Report of an investigation into the causes of the diseases known in Assam as Kála-Azár and Beri-Beri
Disease focus: Beri-Beri
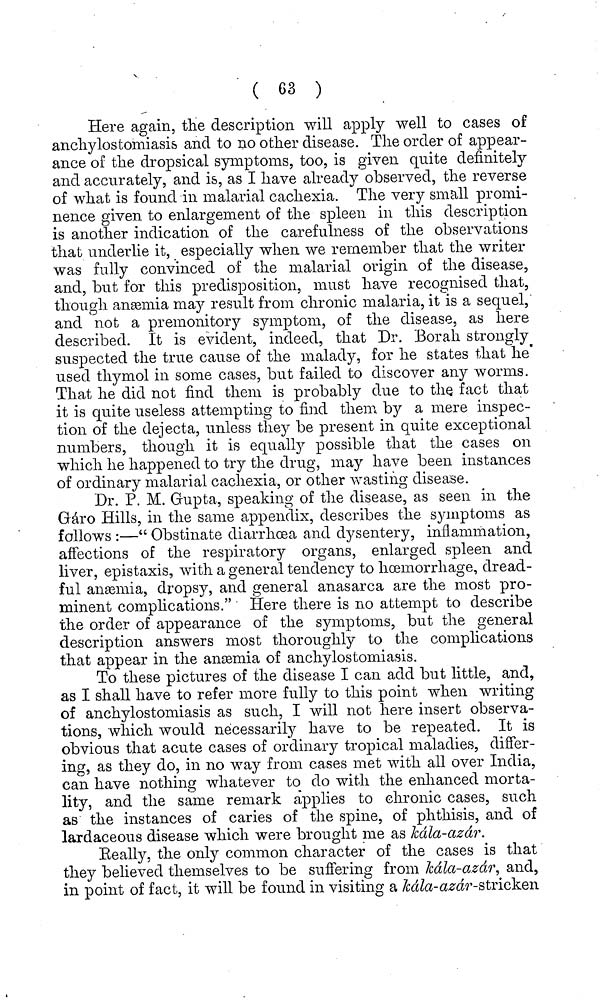
( 63 )
Here again, the description will apply well to cases of
anchylostomiasis and to no other disease. The order of appear-
ance of the dropsical symptoms, too, is given quite definitely
and accurately, and is, as I have already observed, the reverse
of what is found in malarial cachexia. The very small promi-
nence given to enlargement of the spleen in this description
is another indication of the carefulness of the observations
that underlie it, especially when we remember that the writer
was fully convinced of the malarial origin of the disease,
and, but for this predisposition, must have recognised that,
though anæmia may result from chronic malaria, it is a sequel,
and not a premonitory symptom, of the disease, as here
described. It is evident, indeed, that Dr. Borah strongly
suspected the true cause of the malady, for he states that he
used thymol in some cases, but failed to discover any worms.
That he did not find them is probably due to the fact that
it is quite useless attempting to find them by a mere inspec-
tion of the dejecta, unless they be present in quite exceptional
numbers, though it is equally possible that the cases on
which he happened to try the drug, may have been instances
of ordinary malarial cachexia, or other wasting disease.
Dr. P. M. Gupta, speaking of the disease, as seen in the
Gàro Hills, in the same appendix, describes the symptoms as
follows :—" Obstinate diarrhoea and dysentery, inflammation,
affections of the respiratory organs, enlarged spleen and
liver, epistaxis, with a general tendency to hœmorrhage, dread-
ful anæmia, dropsy, and general anasarca are the most pro-
minent complications." Here there is no attempt to describe
the order of appearance of the symptoms, but the general
description answers most thoroughly to the complications
that appear in the anæmia of anchylostomiasis.
To these pictures of the disease I can add but little, and,
as I shall have to refer more fully to this point when writing
of anchylostomiasis as such, I will not here insert observa-
tions, which would necessarily have to be repeated. It is
obvious that acute cases of ordinary tropical maladies, differ-
ing, as they do, in no way from cases met with all over India,
can have nothing whatever to do with the enhanced morta-
lity, and the same remark applies to chronic cases, such
as the instances of caries of the spine, of phthisis, and of
lardaceous disease which were brought me as kála-azár.
Really, the only common character of the cases is that
they believed themselves to be suffering from kála-azár, and,
in point of fact, it will be found in visiting a kála-azár-stricken